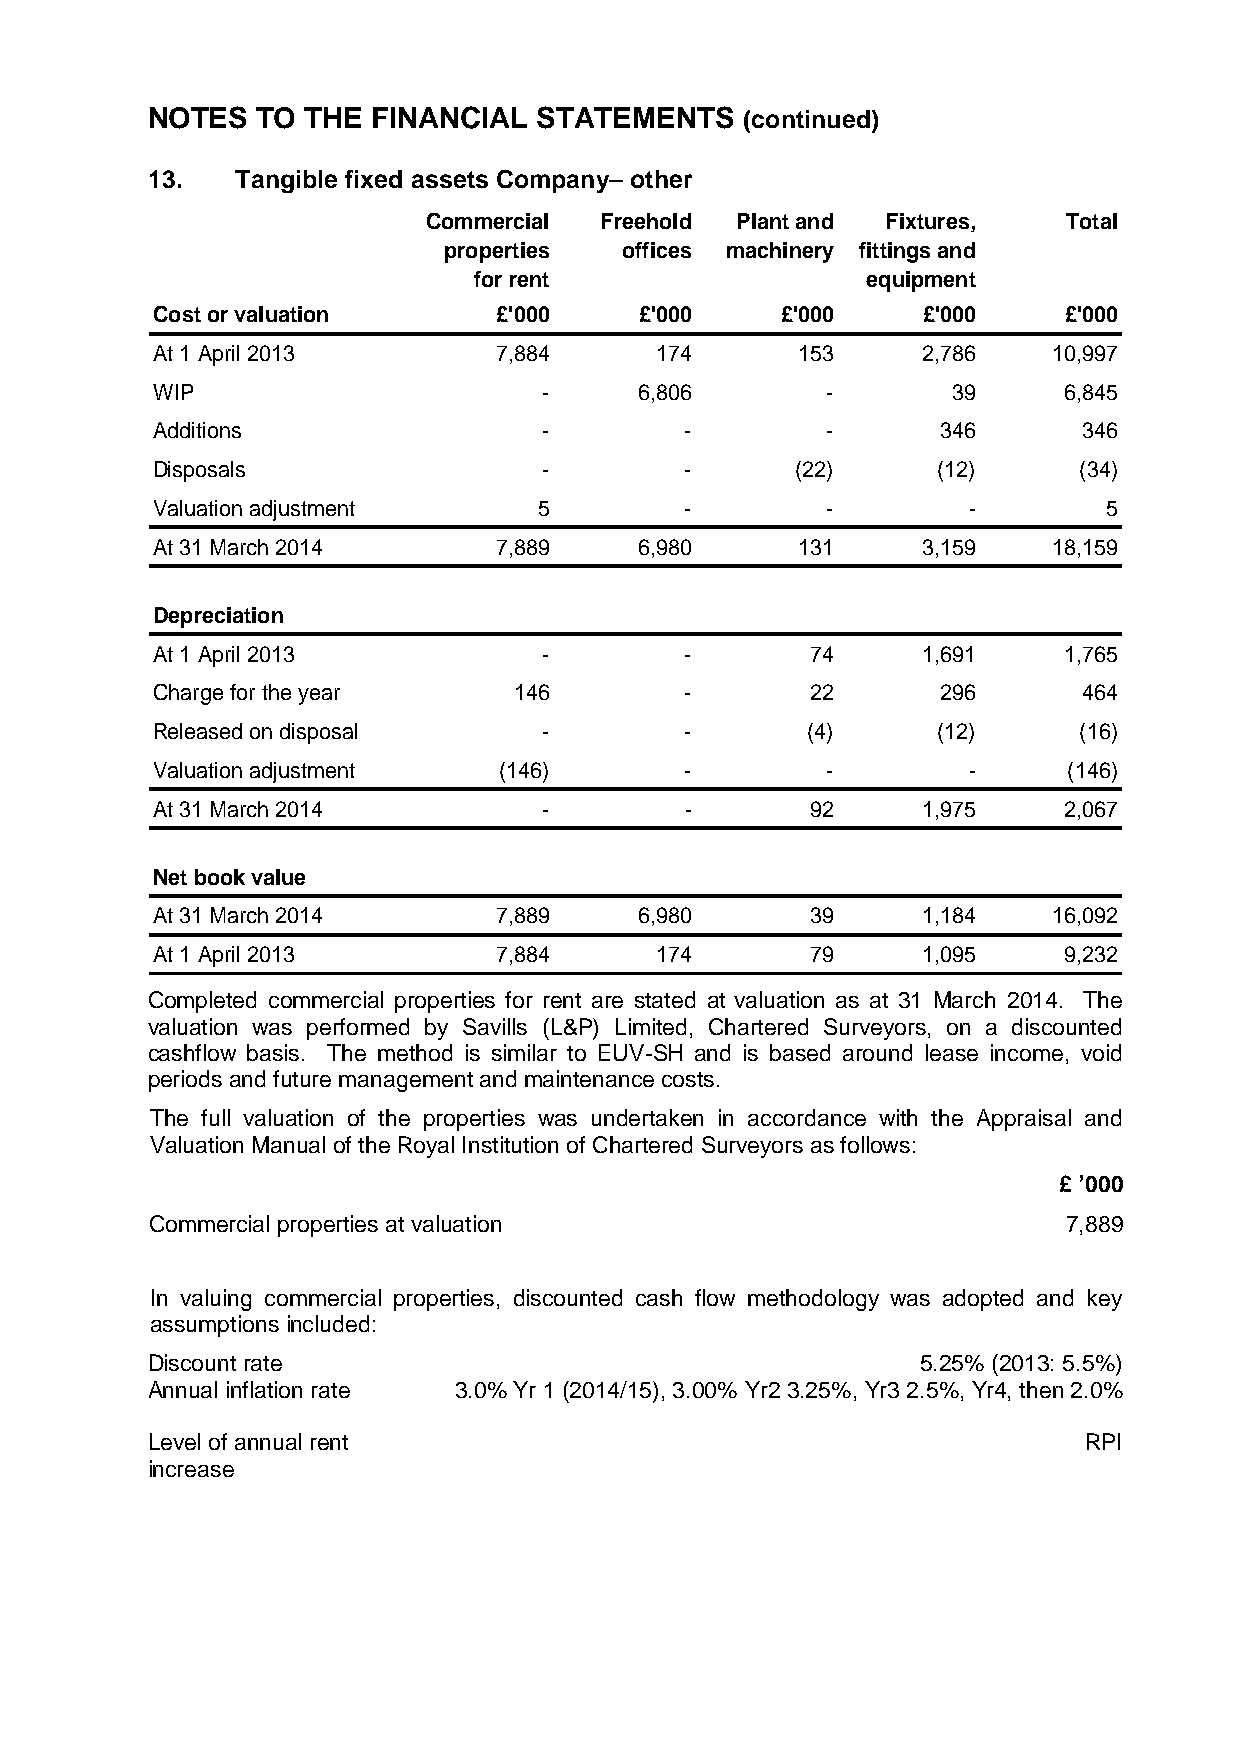
NOTES  TO THE  FINANCIAL  STATEMENTS   (continued)
 13.   Tangible fixed assets Company– other
 Commercial  Freehold Plant and Fixtures,   Total
 properties  offices machinery fittings and
 for rent                  equipment
 Cost or valuation      £'000    £'000     £'000    £'000    £'000
 At 1 April 2013        7,884     174       153     2,786    10,997
 WIP                       -     6,806        -       39     6,845
 Additions                 -        -         -      346       346
 Disposals                 -        -       (22)     (12)     (34)
 Valuation adjustment      5        -         -        -        5
 At 31 March 2014       7,889    6,980      131     3,159    18,159
 Depreciation
 At 1 April 2013           -        -        74     1,691    1,765
 Charge for the year     146        -        22      296       464
 Released on disposal      -        -       (4)      (12)     (16)
 Valuation adjustment   (146)       -         -        -      (146)
 At 31 March 2014          -        -        92     1,975    2,067
 Net book value
 At 31 March 2014       7,889    6,980       39     1,184    16,092
 At 1 April 2013        7,884     174        79     1,095    9,232
 Completed commercial properties for rent are stated at valuation as at 31 March 2014. The
 valuation was performed by Savills (L&P) Limited, Chartered Surveyors, on a discounted
 cashflow basis. The method is similar to EUV-SH and is based around lease income, void
 periods and future management and maintenance costs.
 The full valuation of the properties was undertaken in accordance with the Appraisal and
 Valuation Manual of the Royal Institution of Chartered Surveyors as follows:
 £ ’000
 Commercial properties at valuation                           7,889
 In valuing commercial properties, discounted cash flow methodology was adopted and key
 assumptions included:
 Discount rate                                      5.25% (2013: 5.5%)
 Annual inflation rate 3.0% Yr 1 (2014/15), 3.00% Yr2 3.25%, Yr3 2.5%, Yr4, then 2.0%
 Level of annual rent                                          RPI
 increase